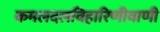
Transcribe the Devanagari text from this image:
कमलदलविहारिणीवाणी